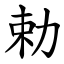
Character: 勅